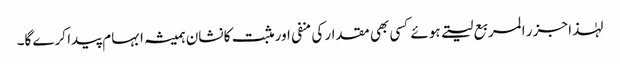
لہٰذا جزر المربع لیتے ہوئے کسی بھی مقدار کی منفی اور مثبت کا نشان ہمیشہ ابہام پیدا کرے گا۔